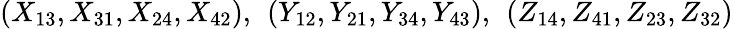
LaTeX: \left(X_{13},X_{31},X_{24},X_{42}\right),~\left(Y_{12},Y_{21},Y_{34},Y_{43}\right),~\left(Z_{14},Z_{41},Z_{23},Z_{32}\right)